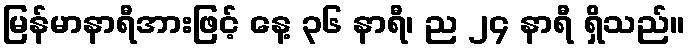
မြန်မာနာရီအားဖြင့် နေ့ ၃၆ နာရီ၊ ည ၂၄ နာရီ ရှိသည်။